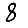
Digit: 8